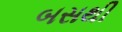
બસથી